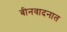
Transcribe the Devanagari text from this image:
बीनवादनात